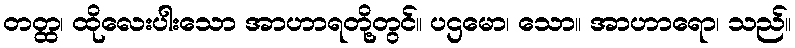
တတ္ထ၊ ထိုလေးပါးသော အာဟာရတို့တွင်။ ပဌမော၊ သော။ အာဟာရော၊ သည်။